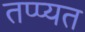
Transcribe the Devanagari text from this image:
तप्प्यत